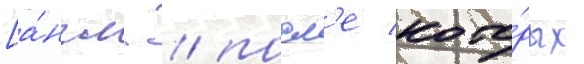
[а́нгл. / посл'е кото́рых